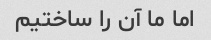
اما ما آن را ساختیم